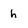
Character: h